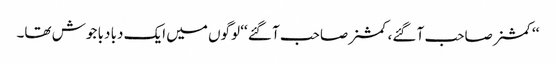
‘‘کمشنر صاحب آ گئے، کمشنر صاحب آ گئے ‘‘ لوگوں میں ایک دبا دبا جوش تھا۔